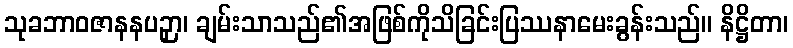
သုခဘာဝဇာနနပဉှာ၊ ချမ်းသာသည်၏အဖြစ်ကိုသိခြင်းပြဿနာမေးခွန်းသည်။ နိဋ္ဌိတာ၊